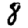
Digit: 8